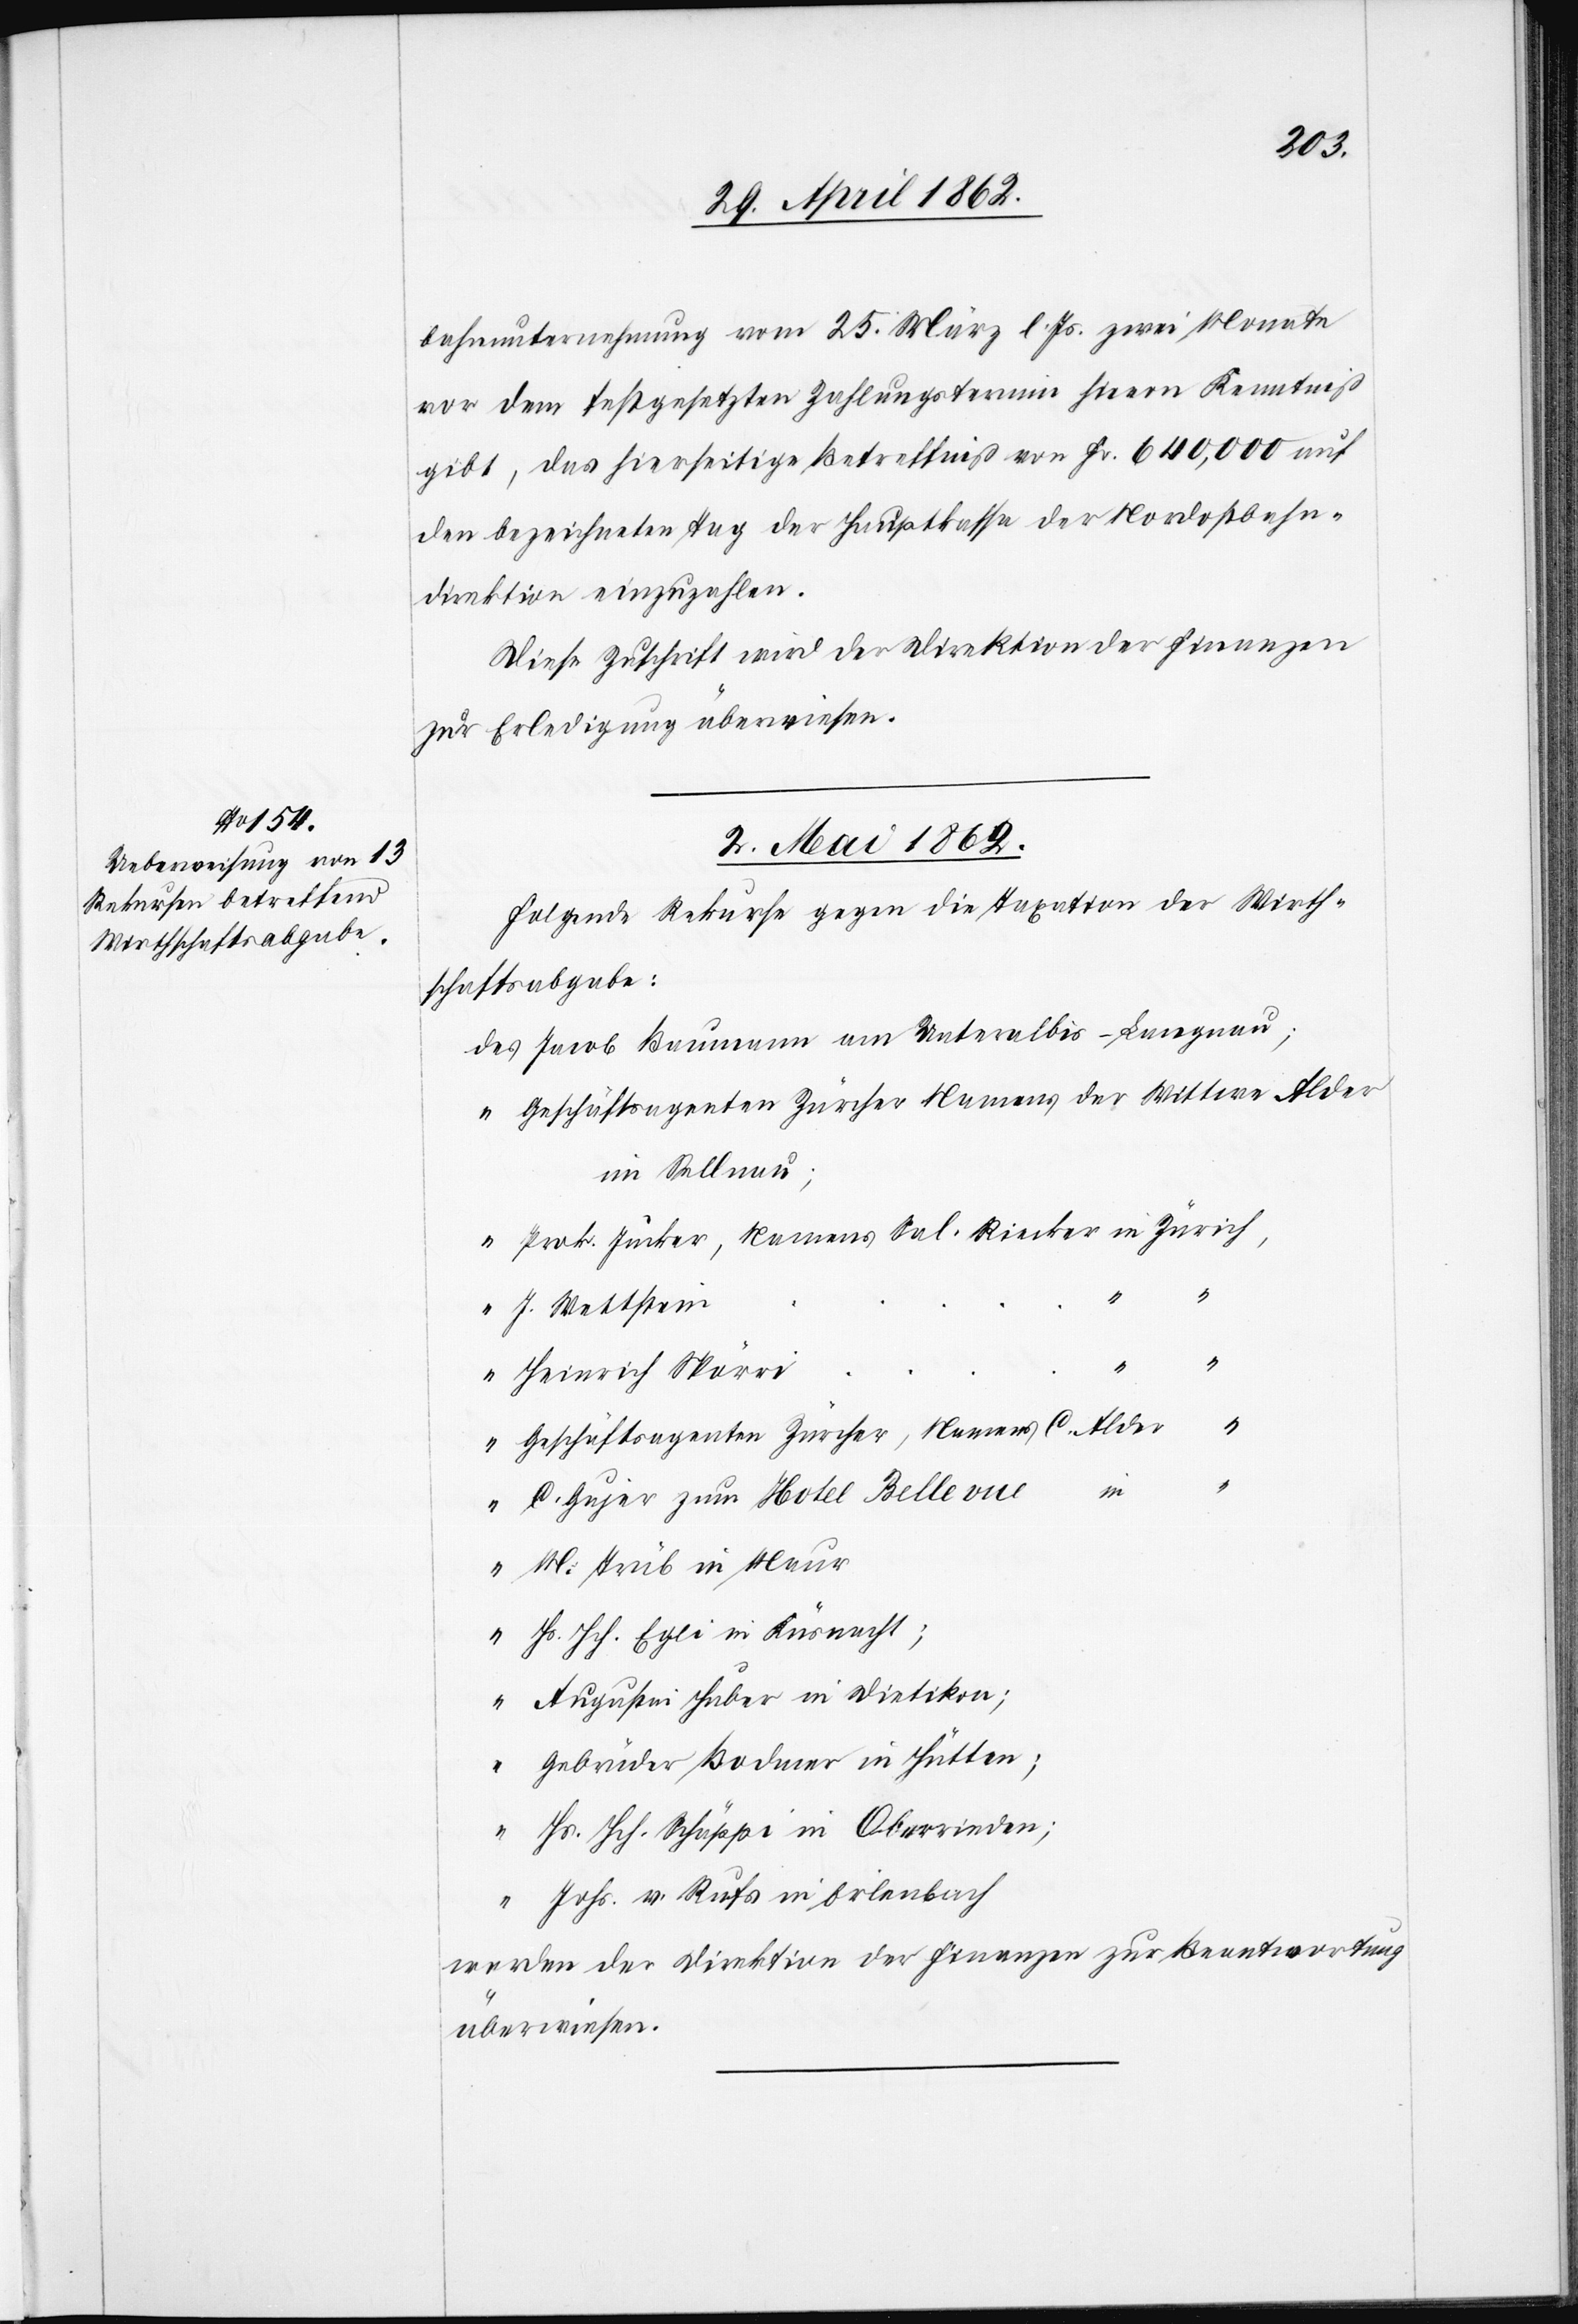
Sal.
bahnunternehmung vom 25. März l. Js. zwei Monate
vor dem festgesetzten Zahlungstermin hievon Kenntniß
gibt, das hierseitige Betreffniß von Fr. 640,000 auf
den bezeichneten Tag der Hauptkasse der Nordostbahn¬
direktion einzuzahlen.
Diese Zuschrift wird der Direktion der Finanzen
zur Erledigung überwiesen.
2. Mai 1862.
Folgende Rekurse gegen die Taxation der Wirth¬
schaftsabgabe:
Jacob Baumann am Unteralbis-Langnau;
Geschäftsagenten Zürcher Namens der Wittwe Alder
in Sellnau;
J. Wettstein
“
Heinrich Spörri
“
Geschäftsagenten Zürcher Namens C. Alder
“
C. Gujer zum Hotel Bellevue
M. Trüb in Maur
Hs. Hch. Egli in Küsnacht;
Augustin Huber in Dietikon;
Gebrüder Bodmer in Hütten;
“
Hs. Hch. Schäppi in Oberrieden;
Johs. v. Rufs in Erlenbach
werden der Direktion der Finanzen zur Beantwortung
überwiesen.